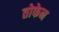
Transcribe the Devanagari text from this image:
तोफेन